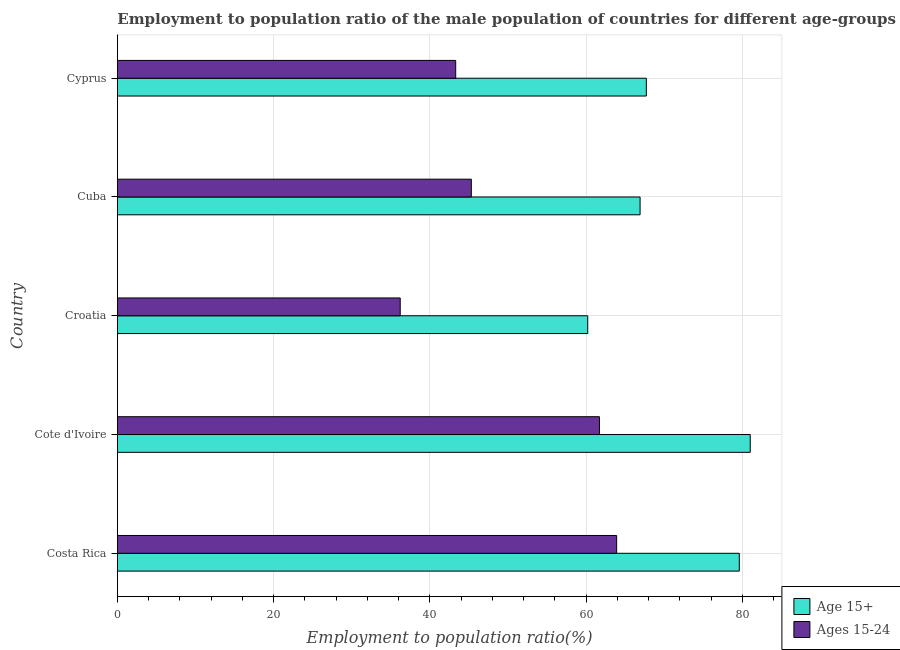
| Country | Age 15+ | Ages 15-24 |
 | --- | --- | --- |
 | Costa Rica | 79.6 | 63.9 |
 | Cote d'Ivoire | 81 | 61.7 |
 | Croatia | 60.2 | 36.2 |
 | Cuba | 66.9 | 45.3 |
 | Cyprus | 67.7 | 43.3 |